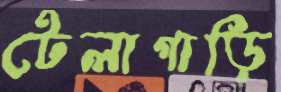
টেলাগাড়ি